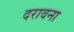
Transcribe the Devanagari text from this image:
दरावना